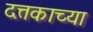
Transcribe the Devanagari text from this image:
दत्तकाच्या